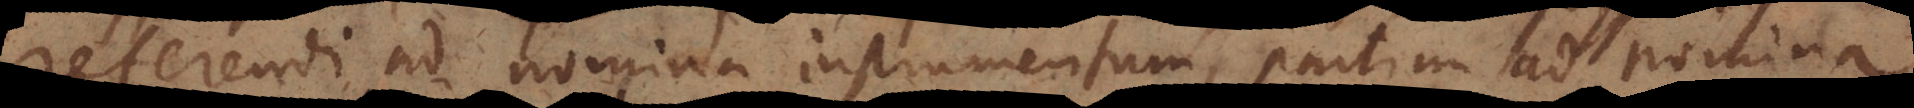
[referri] ad nomina instrument[or]um, partim ad nomina